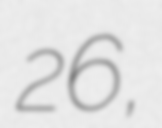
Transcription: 26,